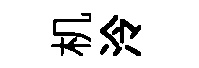
机泠